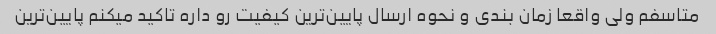
متاسفم ولى واقعا زمان بندى و نحوه ارسال پایین‌ترین کیفیت رو داره تاکید میکنم پایین‌ترین